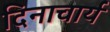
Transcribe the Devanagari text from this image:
दिनाचार्य